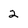
Character: 2